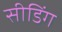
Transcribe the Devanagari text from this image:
सीडिंग